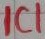
Text: IC1